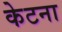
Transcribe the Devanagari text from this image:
केटना